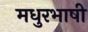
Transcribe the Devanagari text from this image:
मधुरभाषी